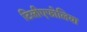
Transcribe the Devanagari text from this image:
टिलीएफोलिया